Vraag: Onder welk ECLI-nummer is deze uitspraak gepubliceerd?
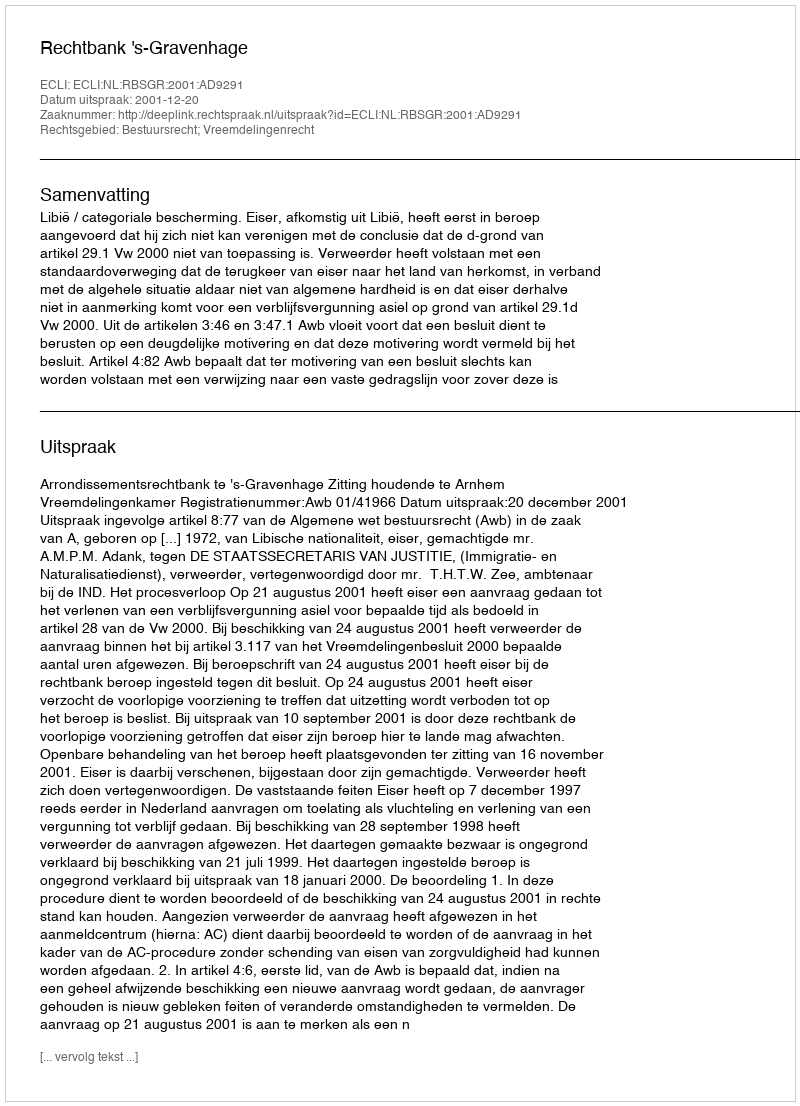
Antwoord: ECLI:NL:RBSGR:2001:AD9291